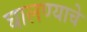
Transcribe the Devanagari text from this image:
घालण्‍याचे